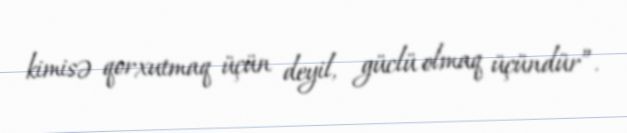
kimisə qorxutmaq üçün deyil, güclü olmaq üçündür”.